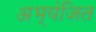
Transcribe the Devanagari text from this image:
अभ्यंजित